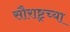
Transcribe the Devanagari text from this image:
सौराष्ट्रच्या